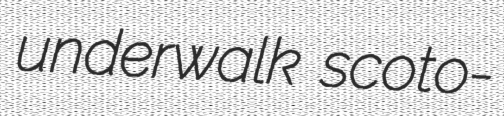
underwalk scoto-